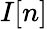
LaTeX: I[n]